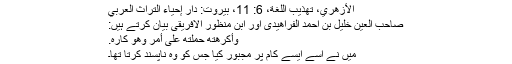
الأزهري، تهذيب اللغة، 6: 11، بيروت: دار إحياء التراث العربي
صاحبِ العین خلیل بن احمد الفراھیدی اور ابن منظور الافریقی بیان کرتے ہیں:
وَأَكْرَهْتُهُ حَمَلْتُهُ عَلَى أَمْرٍ وَّهُوَ كَارِهٌ.
میں نے اسے ایسے کام پر مجبور کیا جس کو وہ ناپسند کرتا تھا۔